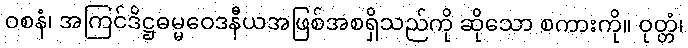
ဝစနံ၊ အကြင်ဒိဋ္ဌဓမ္မဝေဒနီယအဖြစ်အစရှိသည်ကို ဆိုသော စကားကို။ ဝုတ္တံ၊